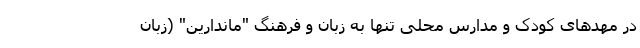
در مهدهای کودک و مدارس محلی تنها به زبان و فرهنگ "ماندارین" (زبان